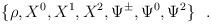
LaTeX: \begin{align*}\{\rho, X^0, X^1, X^2, \Psi^{\pm}, \Psi^0, \Psi^2\}~~.\end{align*}